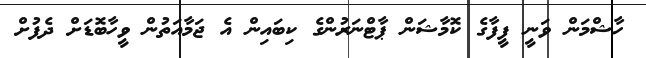
ހާޝްމަން ވަނީ ފީފާގެ ކޮމާޝަން ޕާޓްނަރުންގެ ކިބައިން އެ ޖަމާއަތުން ވީހާބޮޑަށް ދެފުށް